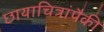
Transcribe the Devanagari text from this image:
छायाचित्रांपैकी